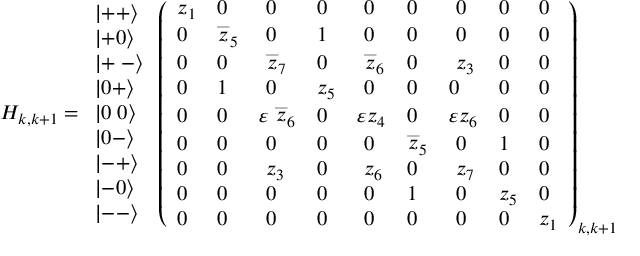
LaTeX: H _ { k , k + 1 } = \begin{array} { l } { { \left| + + \right\rangle } } \\ { { \left| + 0 \right\rangle } } \\ { { \left| + { \scriptsize \ } - \right\rangle } } \\ { { \left| 0 + \right\rangle } } \\ { { \left| 0 { \scriptsize \ } 0 \right\rangle } } \\ { { \left| 0 - \right\rangle } } \\ { { \left| - + \right\rangle } } \\ { { \left| - 0 \right\rangle } } \\ { { \left| -- \right\rangle } } \end{array} \left( \begin{array} { l l l l l l l l l } { { z _ { 1 } } } & { { 0 } } & { { \ 0 } } & { { 0 } } & { { \ 0 } } & { { 0 } } & { { \ 0 } } & { { 0 } } & { { 0 } } \\ { { 0 } } & { { \stackrel { \_ } { z } _ { 5 } } } & { { \ 0 } } & { { 1 } } & { { \ 0 } } & { { 0 } } & { { \ 0 } } & { { 0 } } & { { 0 } } \\ { { 0 } } & { { 0 } } & { { \ \stackrel { \_ } { z } _ { 7 } } } & { { 0 } } & { { \ \stackrel { \_ } { z } _ { 6 } } } & { { 0 } } & { { \ z _ { 3 } } } & { { 0 } } & { { 0 } } \\ { { 0 } } & { { 1 } } & { { \ 0 } } & { { z _ { 5 } } } & { { \ 0 } } & { { 0 } } & { { 0 } } & { { 0 } } & { { 0 } } \\ { { 0 } } & { { 0 } } & { { \varepsilon \stackrel { \_ } { z } _ { 6 } } } & { { 0 } } & { { \varepsilon z _ { 4 } } } & { { 0 } } & { { \varepsilon z _ { 6 } } } & { { 0 } } & { { 0 } } \\ { { 0 } } & { { 0 } } & { { \ 0 } } & { { 0 } } & { { \ 0 } } & { { \stackrel { \_ } { z } _ { 5 } } } & { { \ 0 } } & { { 1 } } & { { 0 } } \\ { { 0 } } & { { 0 } } & { { \ z _ { 3 } } } & { { 0 } } & { { \ z _ { 6 } } } & { { 0 } } & { { \ z _ { 7 } } } & { { 0 } } & { { 0 } } \\ { { 0 } } & { { 0 } } & { { \ 0 } } & { { 0 } } & { { \ 0 } } & { { 1 } } & { { \ 0 } } & { { z _ { 5 } } } & { { 0 } } \\ { { 0 } } & { { 0 } } & { { \ 0 } } & { { 0 } } & { { \ 0 } } & { { 0 } } & { { \ 0 } } & { { 0 } } & { { z _ { 1 } } } \end{array} \right) _ { k , k + 1 }